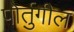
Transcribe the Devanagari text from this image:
पोर्तुगील